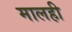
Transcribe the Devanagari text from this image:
मालही